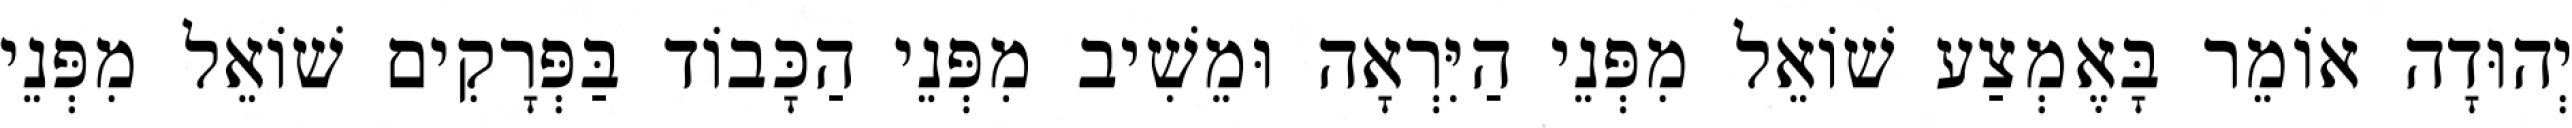
יְהוּדָה אוֹמֵר בָּאֶמְצַע שׁוֹאֵל מִפְּנֵי הַיִּרְאָה וּמֵשִׁיב מִפְּנֵי הַכָּבוֹד בַּפְּרָקִים שׁוֹאֵל מִפְּנֵי